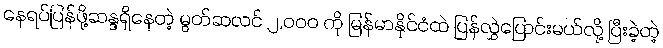
နေရပ်ပြန်ဖို့ဆန္ဒရှိနေတဲ့ မွတ်ဆလင် ၂,၀၀၀ ကို မြန်မာနိုင်ငံထဲ ပြန်လွှဲပြောင်းမယ်လို့ ပြီးခဲ့တဲ့